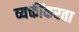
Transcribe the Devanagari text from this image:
व्यक्तींकरता